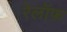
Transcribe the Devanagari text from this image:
रेलॉफ़